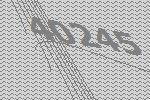
40245